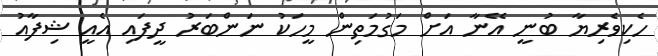
ހެކިވެރިޔާ ބުނީ އޭނާ އަށް މަގުމަތިން މީހަކު ނަންބަރު ދީފައި އެއީ ޝިފާއު